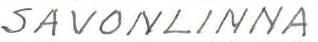
SAVONLINNA